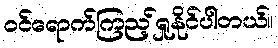
ဝင်ရောက်ကြည့်ရှုနိုင်ပါတယ်။